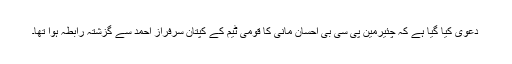
دعویٰ کیا گیا ہے کہ چئیرمین پی سی بی احسان مانی کا قومی ٹیم کے کپتان سرفراز احمد سے گزشتہ رابطہ ہوا تھا۔